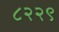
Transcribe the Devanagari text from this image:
८२२९